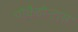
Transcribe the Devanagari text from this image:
पोकैहोन्टास